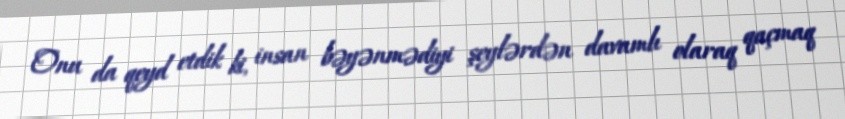
Onu da qeyd etdik ki, insan bəyənmədiyi şeylərdən davamlı olaraq qaçmaq